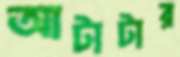
আটাটার